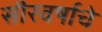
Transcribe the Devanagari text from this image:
सॊरवर्षाचे